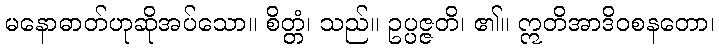
မနောဓာတ်ဟုဆိုအပ်သော။ စိတ္တံ၊ သည်။ ဥပ္ပဇ္ဇတိ၊ ၏။ ဣတိအာဒိဝစနတော၊